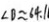
\angle B \approx 6 4 . 1